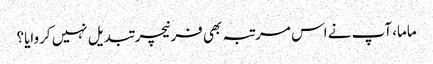
ماما، آپ نے اس مرتبہ بھی فرنیچر تبدیل نہیں کروایا؟